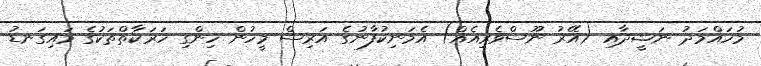
މުހައްމަދު ނަޝީދާއި (އޭރު ނޫސްވެރިއެއް) އެމަނިކުފާނުގެ އަރިސް މީހުން ހިންގި ހަރަކާތްތަކުގެ މައިގަނޑު